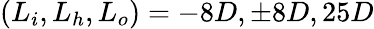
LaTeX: (L_{i},L_{h},L_{o})=-8D,\pm 8D,25D